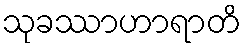
သုခဿာဟာရာတိ